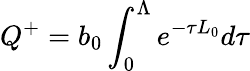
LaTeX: Q^{+}=b_{0}\int_{0}^{\Lambda}e^{-\tau L_{0}}d\tau